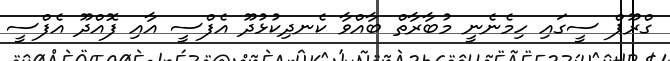
ގްރޫޕް ސީގައި ހިމެނެނީ މުބާރާތް ބާއްވާ ކެނދިކުޅުދޫ އެފްސީ އާއި ފޮއްދޫ އެފްސީ